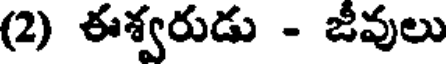
(2) ఈశ్వరుడు - జీవులు